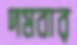
দমবার